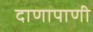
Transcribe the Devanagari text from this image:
दाणापाणी